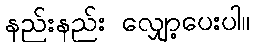
နည်းနည်း လျှော့ပေးပါ။